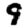
Digit: 9